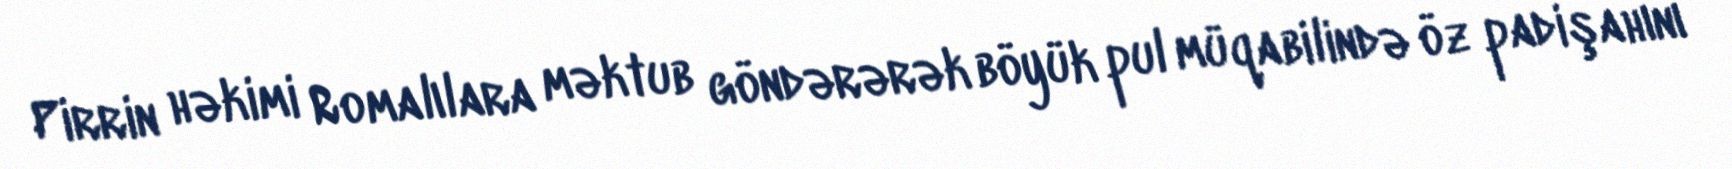
Pirrin həkimi Romalılara məktub göndərərək böyük pul müqabilində öz padişahını